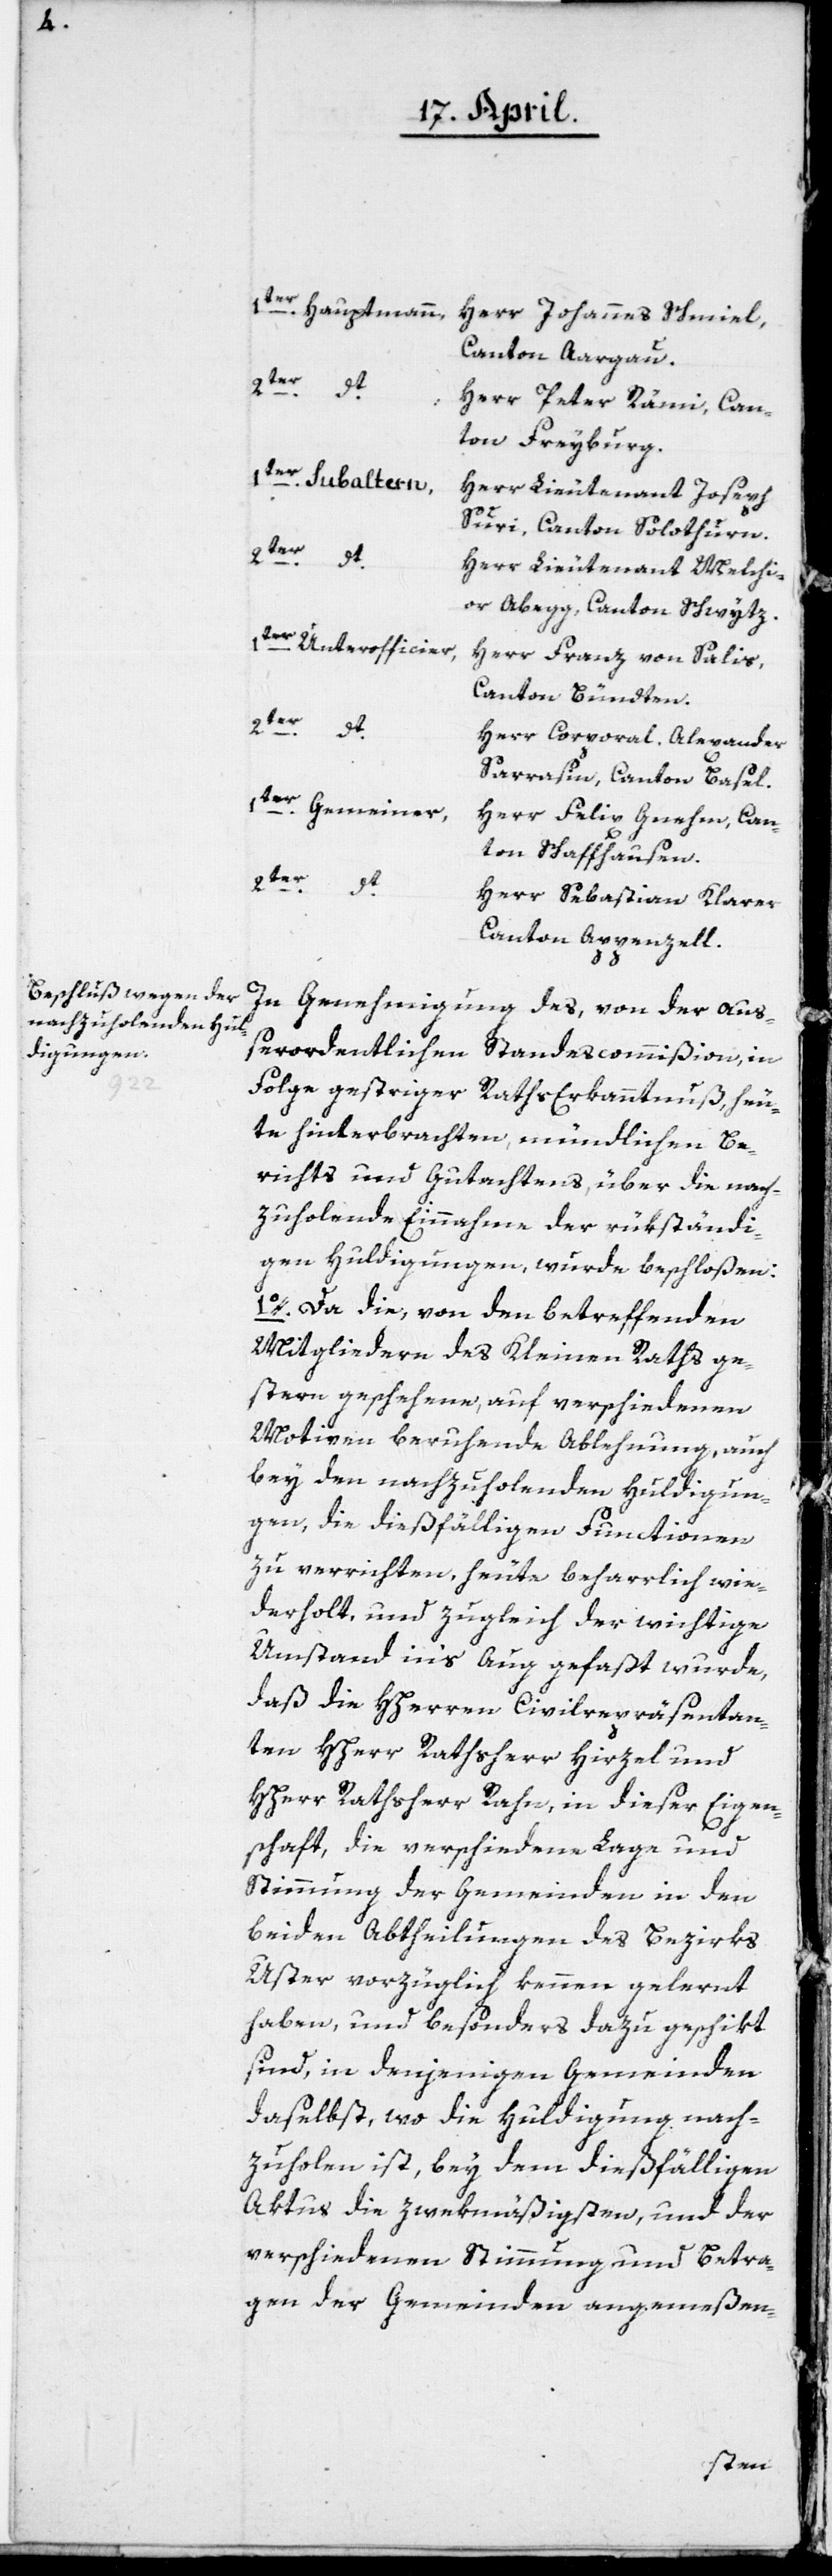
1ter Hauptmann,
Herr Johannes Schmiel,
Canton Aargau.
2ter	d¬
t	Herr Peter Rämi, Can¬
ton Freyburg.
1ter Subaltern,	H¬
err Lieutenant Joseph
Suri, Canton Solothurn.
2ter dt.
Herr Lieutenant Melchi¬
or Abegg, Canton Schwytz.
1ter Unterofficier,
Herr Franz von Salis,
Canton Bündten.
2ter dt.
Herr Corporal Alexander
Sarrasin, Canton Basel.
1ter Gemeiner,
Herr Felix Gnehm, Can¬
ton Schaffhausen.
2ter dt.
Herr Sebastian Klarer,
Canton Appenzell.
In Genehmigung des, von der auß¬
erordentlichen Standescommißion, in
Folge gestriger Raths Erkanntnuß heu¬
te hinterbrachten, mündlichen Be¬
richts und Gutachtens, über die nach¬
zuholende Einnahme der rükständi¬
gen Huldigungen, wurde beschloßen:
1o. Da die, von den betreffenden
Mitgliedern des Kleinen Raths ge¬
stern geschehene, auf verschiedenen
Motiven beruhende Ablehnung, auch
bey den nachzuholenden Huldigun¬
gen, die dießfälligen Functionen
zu verrichten, heute beharrlich wie¬
derholt, und zugleich der wichtige
Umstand in’s Aug gefaßt wurde,
daß die HHerren Civilrepräsentan¬
ten HHerr Rathsherr Hirzel und
HHerr Rathsherr Rahn, in dieser Eigen¬
schaft, die verschiedene Lage und
Stimmung der Gemeinden in den
beiden Abtheilungen des Bezirks
Uster vorzüglich kennen gelernt
haben, und besonders dazu geschikt
sind, in denjenigen Gemeinden
daselbst, wo die Huldigung nach¬
zuholen ist, bey dem dießfälligen
Aktus die zwekmäßigsten, und der
verschiedenen Stimmung und Betra¬
gen der Gemeinden angemeßen-